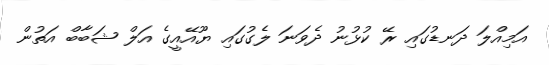
އަމިއްލަ ދަނޑުގައި ރޭ ކުޅުނު ދެވަނަ ލެގުގައި ޔޫއޭއީގެ އަލް ޝަބާބް އަތުން